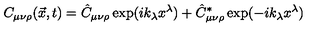
C _ { \mu \nu \rho } ( \vec { x } , t ) = \hat { C } _ { \mu \nu \rho } \exp ( i k _ { \lambda } x ^ { \lambda } ) + \hat { C } _ { \mu \nu \rho } ^ { * } \exp ( - i k _ { \lambda } x ^ { \lambda } )